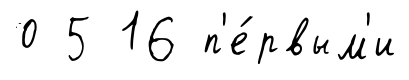
0 5 16 п'е́рвым'и